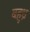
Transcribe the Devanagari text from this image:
बहुध्र